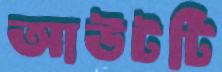
আউটটি